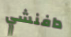
دافنشي